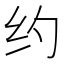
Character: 约